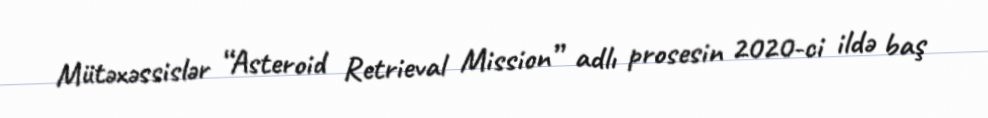
Mütəxəssislər “Asteroid Retrieval Mission” adlı prosesin 2020-ci ildə baş